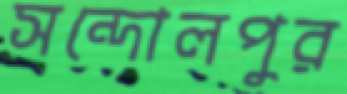
সন্দোলপুর